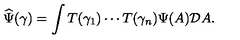
\widehat \Psi ( \gamma ) = \int T ( \gamma _ { 1 } ) \cdots T ( \gamma _ { n } ) \Psi ( A ) { \cal D } A .